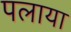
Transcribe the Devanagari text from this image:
पलाया